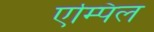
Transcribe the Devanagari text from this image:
एम्पिल